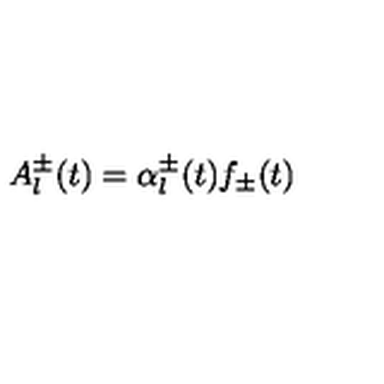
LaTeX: A _ { l } ^ { \pm } ( t ) = \alpha _ { l } ^ { \pm } ( t ) f _ { \pm } ( t ) \nonumber